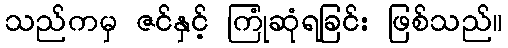
သည်ကမှ ဇင်နှင့် ကြုံဆုံရခြင်း ဖြစ်သည်။